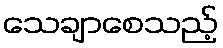
သေချာစေသည့်